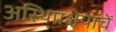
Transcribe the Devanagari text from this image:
अस्थिप्रक्षेपाचें